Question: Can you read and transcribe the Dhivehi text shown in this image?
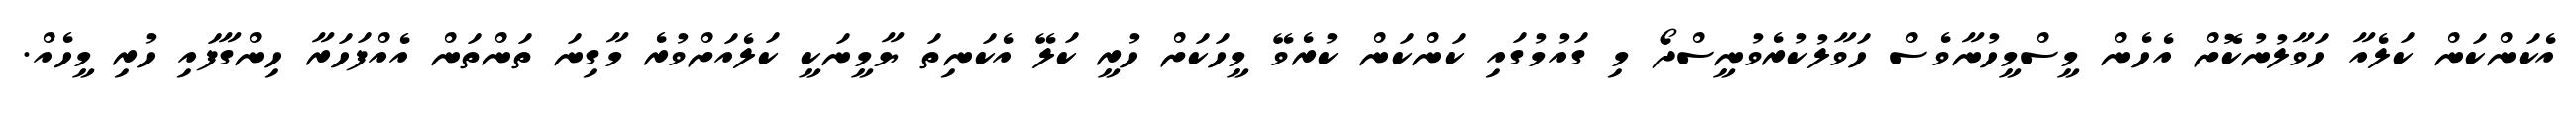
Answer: އެކަންކަން ކަލެއާ ހަވާލުނުކޮށް އެހެން މީސްމީހުނާވެސް ހަވާލުކުރެވުނީސްދޯ މި ގައުމުގައި ކަންކަން ކުރެވޭ މީހަކަށް ހުރީ ކަލޭ އެކަނިތަ ޔާމީނަކީ ކަލެއަށްވުރެ މާގިނަ ތަންތަން އެއްފަހަރާ ހިންގާފައި ހުރި މީހެއް.